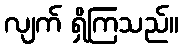
လျက် ရှိကြသည်။